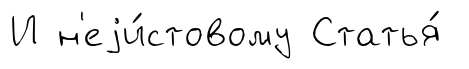
И н'еjи́стовому Статья́